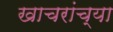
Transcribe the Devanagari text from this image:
खाचरांच्या